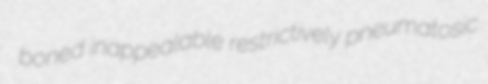
boned inappealable restrictively pneumatosic